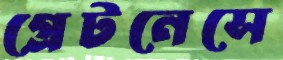
গ্রেটনেসে